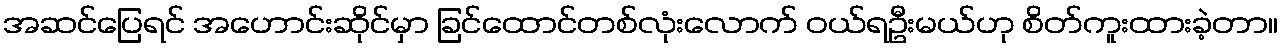
အဆင်ပြေရင် အဟောင်းဆိုင်မှာ ခြင်ထောင်တစ်လုံးလောက် ဝယ်ရဦးမယ်ဟု စိတ်ကူးထားခဲ့တာ။